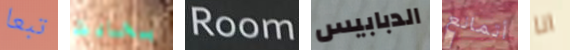
تبعا بحادث Room الدبابيس أتمانع انا